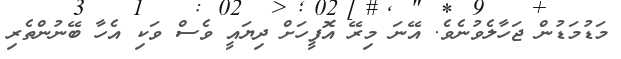
މަޑުމަޑުން ޖަހާލެވުނެވެ. އޭނަ މިރޭ އޮފީހަށް ދިޔައީ ވެސް ވަކި އެހާ ބޭނުންތެރި